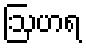
ဩဟရ